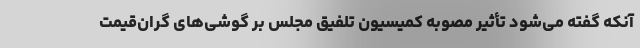
آنکه گفته می‌شود تأثیر مصوبه کمیسیون تلفیق مجلس بر گوشی‌های گران‌قیمت